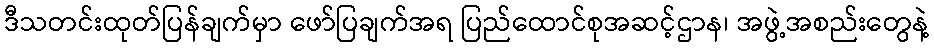
ဒီသတင်းထုတ်ပြန်ချက်မှာ ဖော်ပြချက်အရ ပြည်ထောင်စုအဆင့်ဌာန၊ အဖွဲ့အစည်းတွေနဲ့